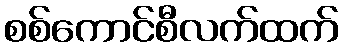
စစ်ကောင်စီလက်ထက်